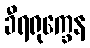
ခီရရုက္ခေန